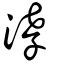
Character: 涍